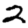
Digit: 2